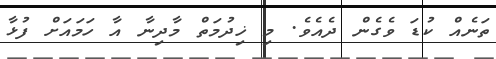
ތަނެއް ކުޑަ ވެގެން ދެއެވެ. މި ޚިދުމަތް މާދިނާ އާ ހަމައަށް ފުޅާ